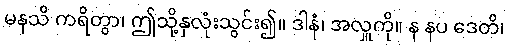
မနသိ ကရိတွာ၊ ဤသို့နှလုံးသွင်း၍။ ဒါနံ၊ အလှူကို။ န နပ ဒေတိ၊